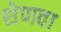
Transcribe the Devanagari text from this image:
शेणवा